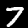
Digit: 7